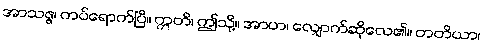
အာသဇ္ဇ၊ ကပ်ရောက်ပြီ။ ဣတိ၊ ဤသို့။ အာဟ၊ လျှောက်ဆိုလေ၏။ တတိယာ၊